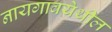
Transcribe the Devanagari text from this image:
नायगावयेथील